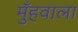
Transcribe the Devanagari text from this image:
मुँहवाला